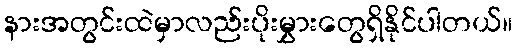
နားအတွင်းထဲမှာလည်းပိုးမွှားတွေရှိနိုင်ပါတယ်။